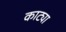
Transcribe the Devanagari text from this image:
काट्या